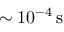
\sim 1 0 ^ { - 4 } \, \mathrm { s }